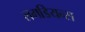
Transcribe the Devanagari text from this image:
लगडियन्स